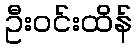
ဦးဝင်းထိန်